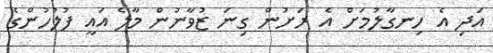
އަދި އެ ހިނގާލުމަށް އެ ރަށުން ގިނަ ޒުވާނުން މާލެ އައީ ފުލުހުންގެ